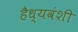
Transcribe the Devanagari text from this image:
हैध्यवंशी